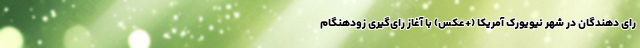
رای دهندگان در شهر نیویورک آمریکا (+عکس) با آغاز رای‌گیری زودهنگام